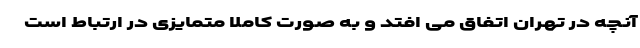
آنچه در تهران اتفاق می افتد و به صورت کاملاً متمایزی در ارتباط است